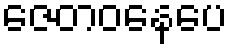
ဇေတဝနေပေ